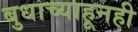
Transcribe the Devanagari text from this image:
बुधाच्याहूनही